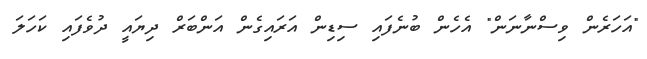
"އަހަރެން ވިސްނާނަން" އެހެން ބުނެފައި ސިޑިން އަރައިގެން އަންބަރް ދިޔައީ ދުވެފައި ކަހަލަ